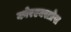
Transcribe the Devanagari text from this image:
कोरएक्सप्रेस